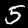
Label: 5